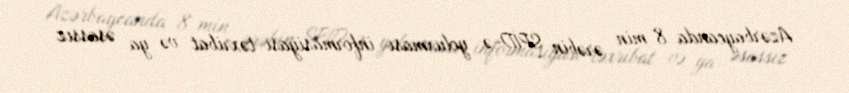
Azərbaycanda 8 min ərəbin SPİD-ə yoluxması informasiyası təxribat və ya əsassız